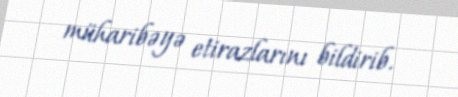
müharibəyə etirazlarını bildirib.